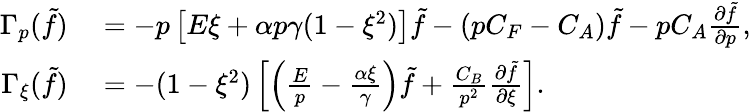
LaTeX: \begin{array}{rl}{\Gamma_{p}(\tilde{f})}&{{}=-p\left[E\xi+\alpha p\gamma(1-\xi^{2})\right]\tilde{f}-(pC_{F}-C_{A})\tilde{f}-pC_{A}\frac{\partial\tilde{f}}{\partial p},}\\ {\Gamma_{\xi}(\tilde{f})}&{{}=-(1-\xi^{2})\left[\left(\frac Ep-\frac{\alpha\xi}{\gamma}\right)\tilde{f}+\frac{C_{B}}{p^{2}}\frac{\partial\tilde{f}}{\partial\xi}\right].}\end{array}